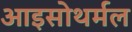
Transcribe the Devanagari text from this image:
आइसोथर्मल